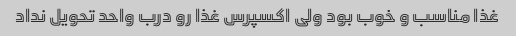
غذا مناسب و خوب بود ولی اکسپرس غذا رو درب واحد تحویل نداد